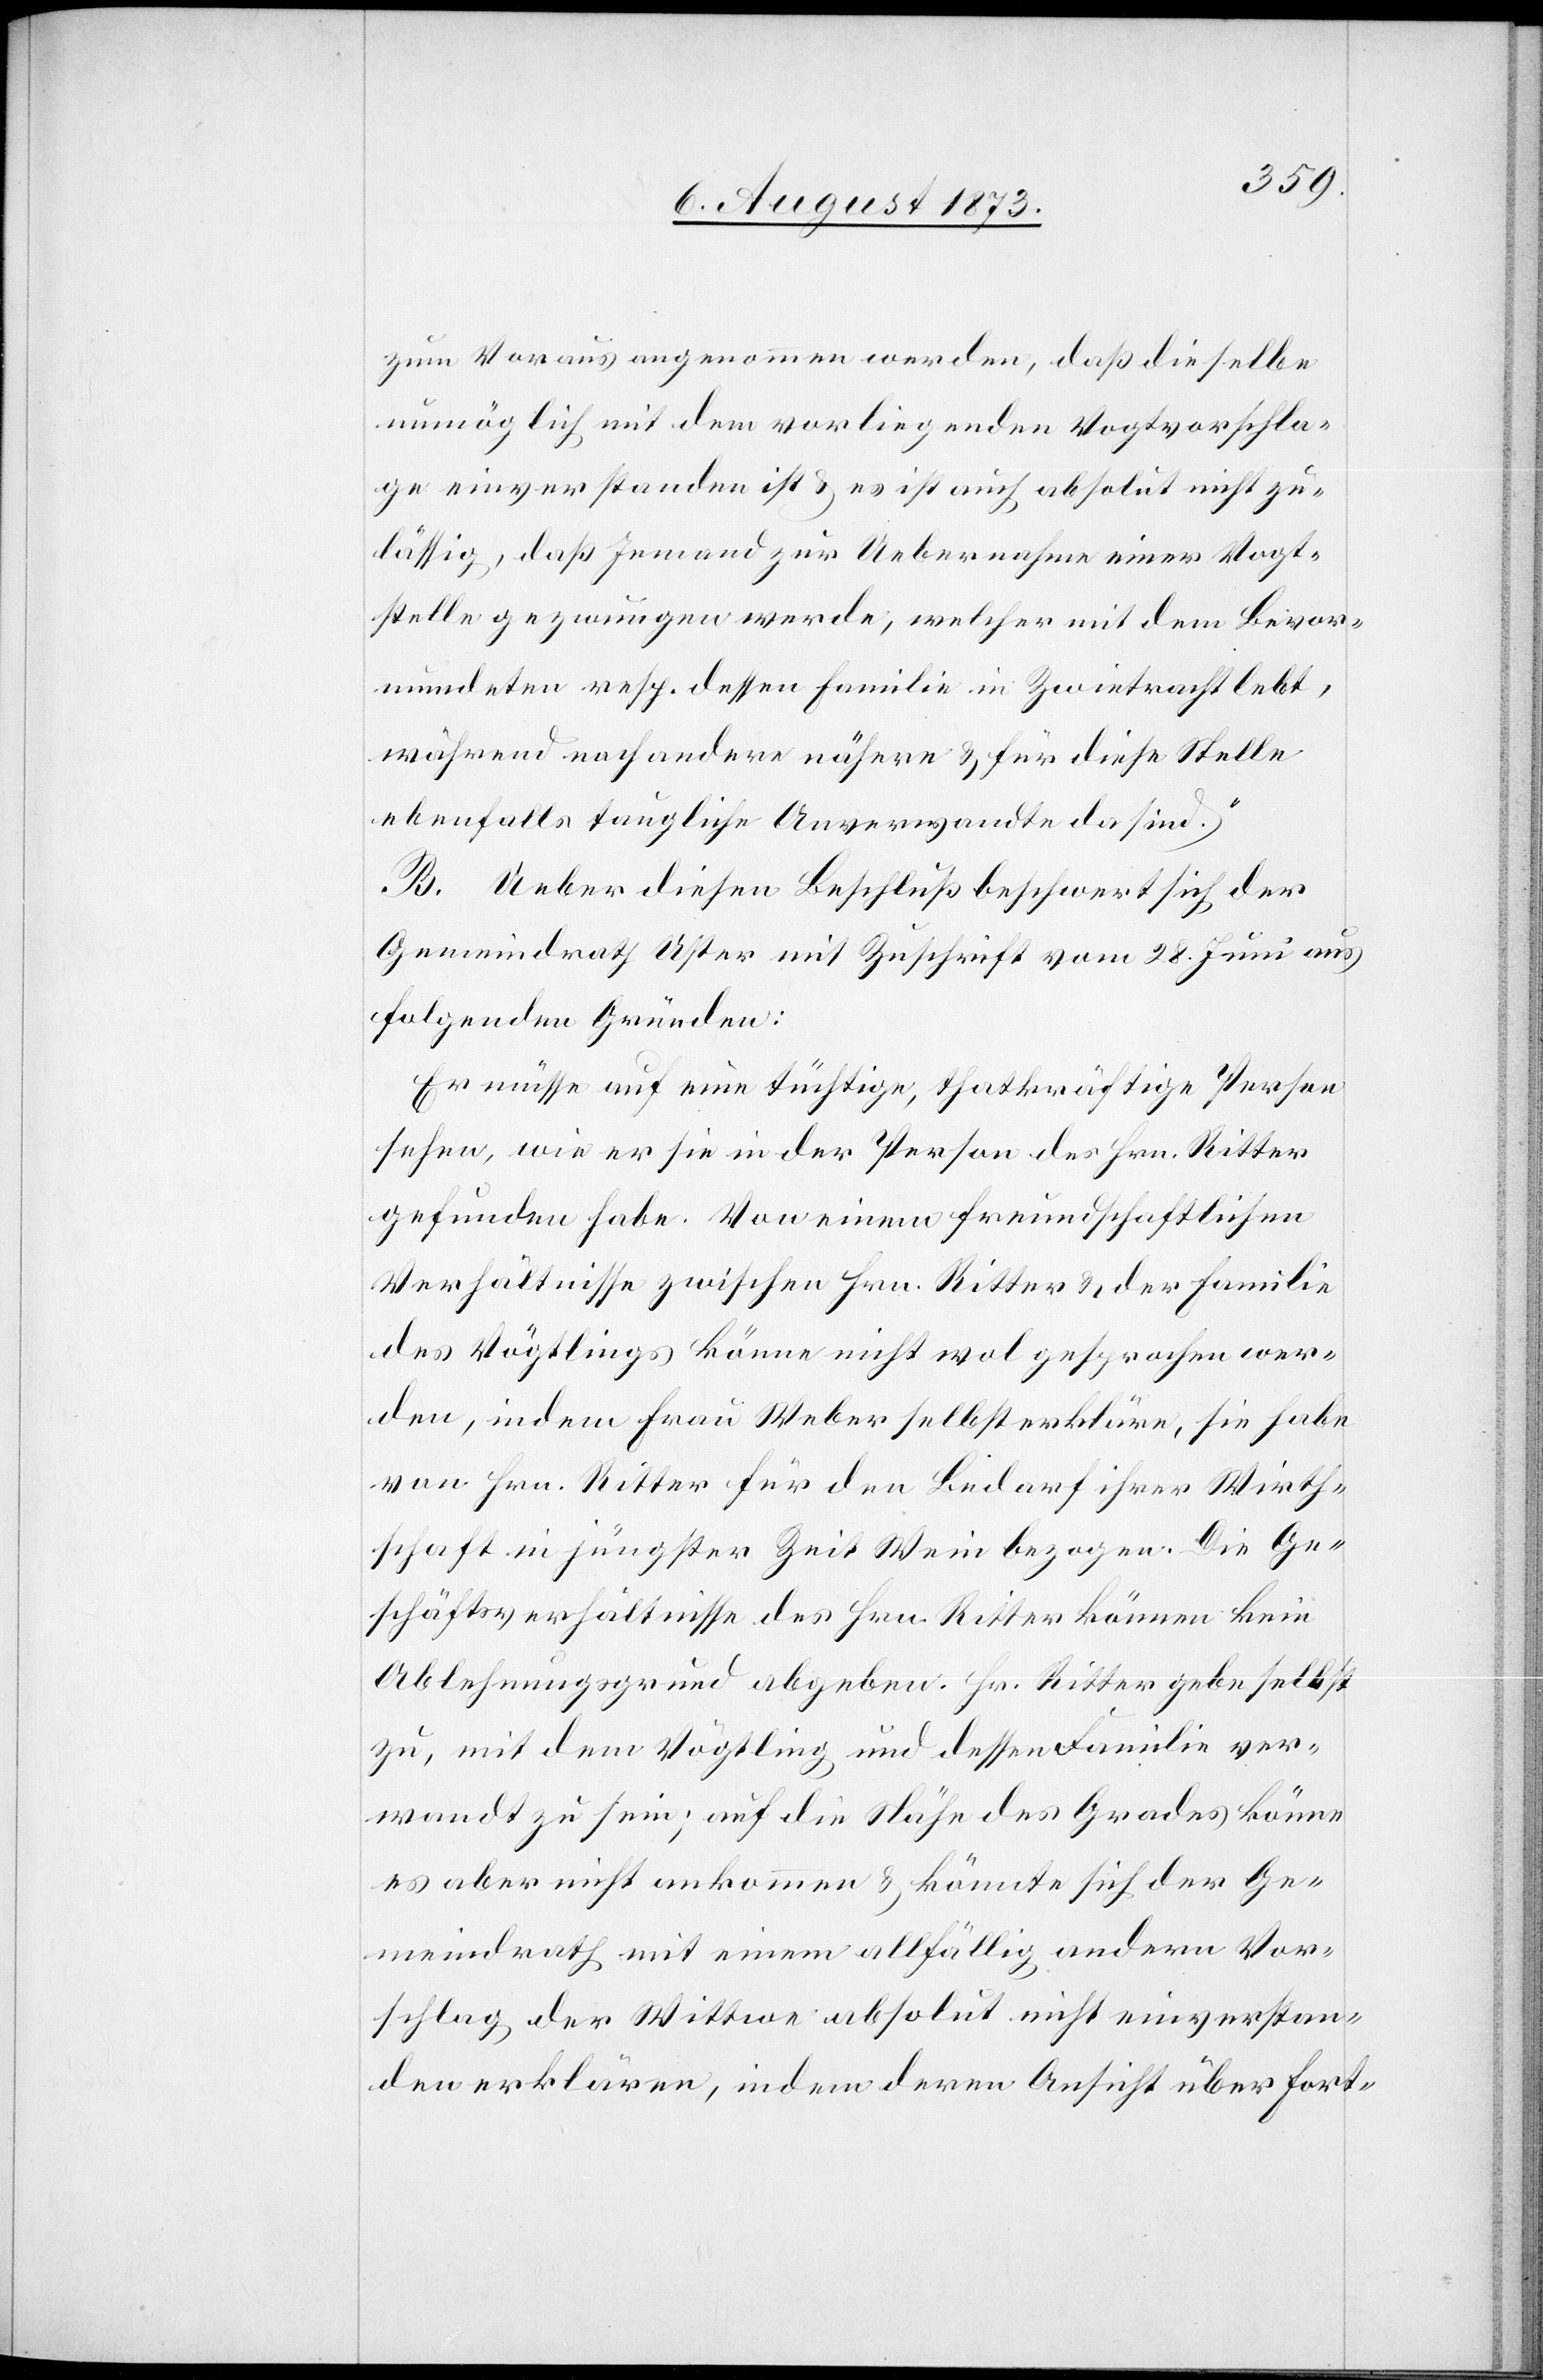
zum Voraus angenommen werden, daß dieselbe
unmöglich mit dem vorliegenden Vogtvorschla¬
ge einverstanden ist & es ist auch absolut nicht zu¬
lässig, daß Jemand zur Uebernahme einer Vogt¬
stelle gezwungen werde, welcher mit dem Bevor¬
mundeten resp. dessen Familie in Zwietracht lebt,
während noch andere nähere & für diese Stelle
ebenfalls taugliche Anverwandte da sind.
B. Ueber diesen Beschluß beschwert sich der
Gemeindrath Uster mit Zuschrift vom 28. Juni aus
folgenden Gründen:
Er müsse auf eine tüchtige, thatkräftige Person
sehen, wie er sie in der Person des Hrn. Ritter
gefunden habe. Von einem freundschaftlichen
Verhältnisse zwischen Hrn. Ritter & der Familie
des Vögtlings könne nicht wol gesprochen wer¬
den, indem Frau Weber selbst erkläre, sie habe
von Hrn. Ritter für den Bedarf ihrer Wirth¬
schaft in jüngster Zeit Wein bezogen. Die Ge¬
schäftsverhältnisse des Hrn. Ritter können kein
Ablehnungsgrund abgeben. Hr. Ritter gebe selbst
zu, mit dem Vögtling und dessen Familie ver¬
wandt zu sein; auf die Nähe des Grades könne
es aber nicht ankommen & könnte sich der Ge¬
meindrath mit einem allfällig andern Vor¬
schlag der Wittwe absolut nicht einverstan¬
den erklären, indem deren Ansicht über Fort-